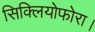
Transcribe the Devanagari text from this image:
सिक्लियोफोरा।